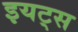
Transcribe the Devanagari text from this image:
इयट्स